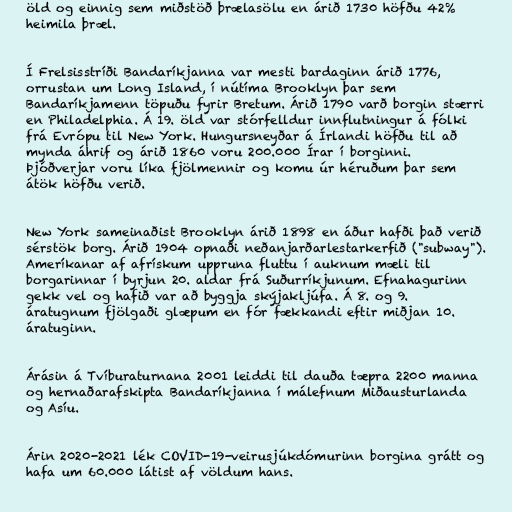
öld og einnig sem miðstöð þrælasölu en árið 1730 höfðu 42%
heimila þræl.

Í Frelsisstríði Bandaríkjanna var mesti bardaginn árið 1776,
orrustan um Long Island, í nútíma Brooklyn þar sem
Bandaríkjamenn töpuðu fyrir Bretum. Árið 1790 varð borgin stærri
en Philadelphia. Á 19. öld var stórfelldur innflutningur á fólki
frá Evrópu til New York. Hungursneyðar á Írlandi höfðu til að
mynda áhrif og árið 1860 voru 200.000 Írar í borginni.
Þjóðverjar voru líka fjölmennir og komu úr héruðum þar sem
átök höfðu verið.

New York sameinaðist Brooklyn árið 1898 en áður hafði það verið
sérstök borg. Árið 1904 opnaði neðanjarðarlestarkerfið ("subway").
Ameríkanar af afrískum uppruna fluttu í auknum mæli til
borgarinnar í byrjun 20. aldar frá Suðurríkjunum. Efnahagurinn
gekk vel og hafið var að byggja skýjakljúfa. Á 8. og 9.
áratugnum fjölgaði glæpum en fór fækkandi eftir miðjan 10.
áratuginn.

Árásin á Tvíburaturnana 2001 leiddi til dauða tæpra 2200 manna
og hernaðarafskipta Bandaríkjanna í málefnum Miðausturlanda
og Asíu.

Árin 2020-2021 lék COVID-19-veirusjúkdómurinn borgina grátt og
hafa um 60.000 látist af völdum hans.